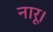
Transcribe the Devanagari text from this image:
नारू।